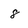
Character: 8